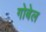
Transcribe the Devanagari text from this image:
गोबेल